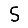
Digit: 5